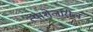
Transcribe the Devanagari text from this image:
त्याशेजारील